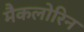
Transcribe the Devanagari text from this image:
मैकलोरिन